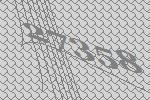
27358